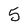
Character: 5